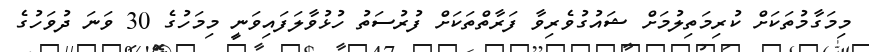
މިމަގާމުތަކަށް ކުރިމަތިލުމަށް ޝައުގުވެރިވާ ފަރާތްތަކަށް ފުރުސަތު ހުޅުވާލަފައިވަނީ މިމަހުގެ 30 ވަނަ ދުވަހުގެ